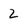
Character: 2